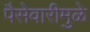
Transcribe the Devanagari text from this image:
पैसेवारीमुळे